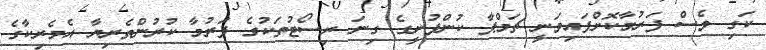
ކަގި ވެސް ފަރުމާކޮށްފައިވަނީ ޗަމްޕާ ކުންފުނީގެ ގިނަ ރިސޯޓުތަކުގެ ފަރުމާ ކުރުންތެރިޔާ އެމެރިކާގެ